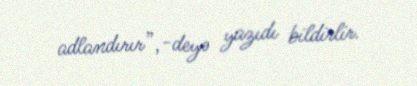
adlandırır”,-deyə yazıdı bildirlir.